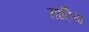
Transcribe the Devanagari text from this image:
सार्दिना